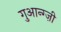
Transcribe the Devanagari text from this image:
गुआन्ग्ज़ी